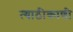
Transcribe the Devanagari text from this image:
त्याठीकाणी